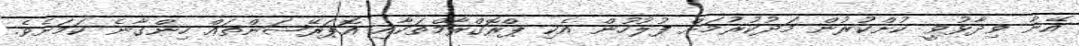
އޭނާ ވިދާޅުވީ ކުށްކުރުން މަދުކުރުމަށް ފުލުހުން އެކި ޕްރޮގްރާމްތަކާއި އޮޕަރޭޝަންތައް ހިންގާނެ ކަމަށެވެ.